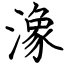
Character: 潒